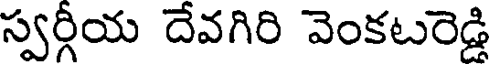
స్వర్గీయ దేవగిరి వెంకటరెడ్డి